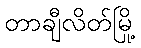
တာချီလိတ်မြို့